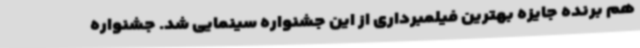
هم برنده جایزه بهترین فیلمبرداری از این جشنواره سینمایی شد. جشنواره